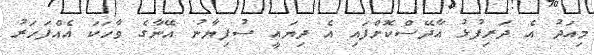
މިއަދު އެ ދަރިފުޅު އާދޭސްކޮށްފައި އެ ދިޔައީ ސުފިޔާނު އޭނާގެ ވާހަކަ އެއްފަހަރު